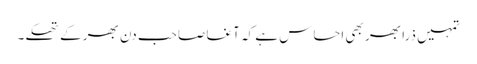
تمہیں ذرا بھر بھی احساس ہے کہ آغا صاحب دن بھر کے تھکے۔